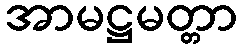
အာမဋ္ဌမတ္တာ